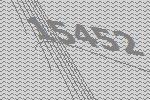
15452